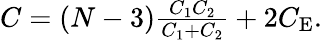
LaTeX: \begin{array}{r}{C=(N-3)\frac{C_{1}C_{2}}{C_{1}+C_{2}}+2C_{\mathrm{E}}.}\end{array}